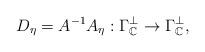
LaTeX: \begin{align*} D_{\eta}=A^{-1}A_{\eta}:\Gamma_{\mathbb{C}}^\perp\rightarrow\Gamma_{\mathbb{C}}^\perp,\end{align*}